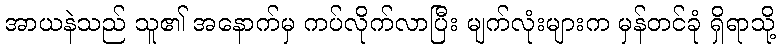
အာယနဲသည် သူ၏ အနောက်မှ ကပ်လိုက်လာပြီး မျက်လုံးများက မှန်တင်ခုံ ရှိရာသို့